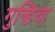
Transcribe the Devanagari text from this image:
गुन्डिचा